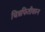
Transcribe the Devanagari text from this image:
चित्रफितीवरुन